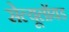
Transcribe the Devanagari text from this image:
सेल्यूलॉयड